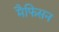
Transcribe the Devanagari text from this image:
मैफिसन